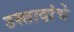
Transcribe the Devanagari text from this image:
उस्तादांचे